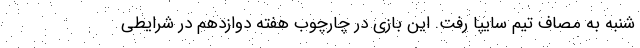
شنبه به مصاف تیم سایپا رفت. این بازی در چارچوب هفته دوازدهم در شرایطی